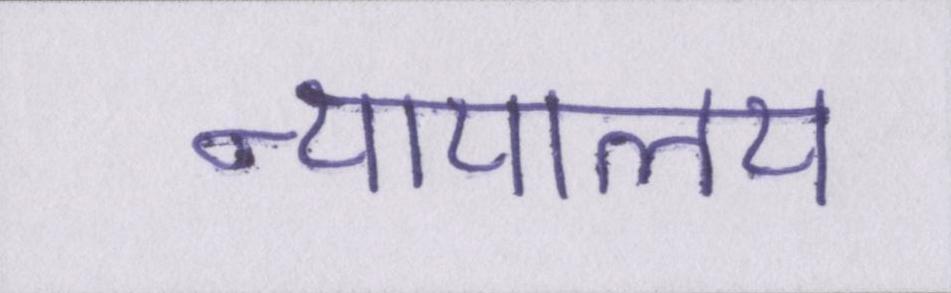
न्यायालय